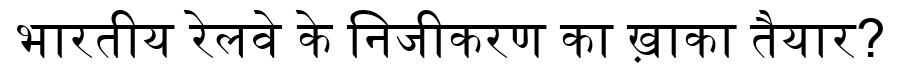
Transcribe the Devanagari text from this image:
भारतीय रेलवे के निजीकरण का ख़ाका तैयार?